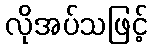
လိုအပ်သဖြင့်